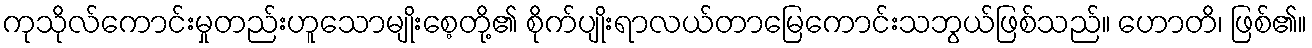
ကုသိုလ်ကောင်းမှုတည်းဟူသောမျိုးစေ့တို့၏ စိုက်ပျိုးရာလယ်တာမြေကောင်းသဘွယ်ဖြစ်သည်။ ဟောတိ၊ ဖြစ်၏။